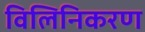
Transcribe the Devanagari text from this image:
विलिनिकरण